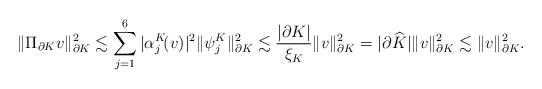
\begin{align*}\|\Pi_{\partial K}v\|_{\partial K}^2\lesssim\sum_{j=1}^6|\alpha_j^K\!(v)|^2\|\psi_j^K\|_{\partial K}^2\lesssim\frac{|\partial K|}{\xi_K}\|v\|_{\partial K}^2=|\partial\widehat{K}|\|v\|_{\partial K}^2\lesssim\|v\|_{\partial K}^2.\end{align*}